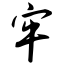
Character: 牢